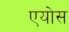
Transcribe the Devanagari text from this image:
एयोस